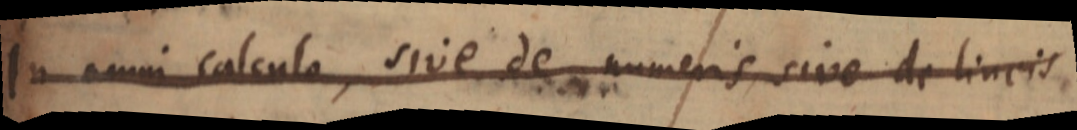
In omni calculo, sive de numeris sive de lineis